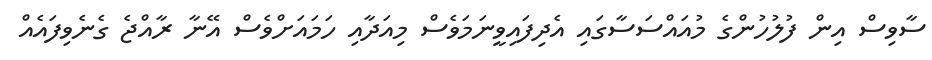
ސާވިސް އިން ފުލުހުންގެ މުއައްސަސާގައި އެދިފައިވީނަމަވެސް މިއަދާއި ހަމައަށްވެސް އޭނާ ރާއްޖެ ގެނެވިފައެއް